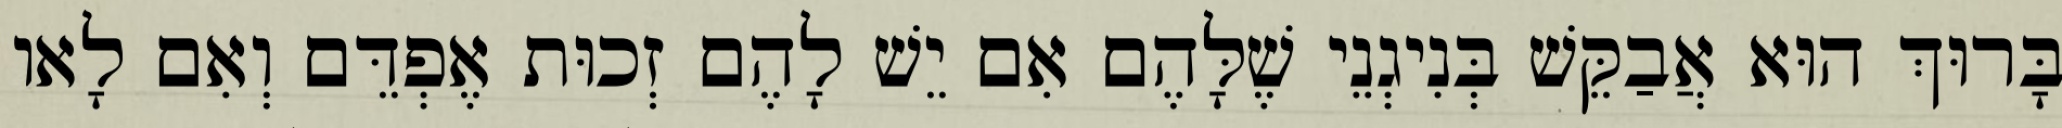
בָּרוּךְ הוּא אֲבַקֵּשׁ בְּנִיגְנֵי שֶׁלָּהֶם אִם יֵשׁ לָהֶם זְכוּת אֶפְדֵּם וְאִם לָאו